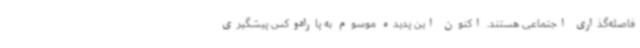
فاصله‌گذاری اجتماعی هستند. اکنون این پدیده موسوم به پارادوکس پیشگیری